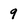
Character: 9